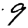
Digit: 9